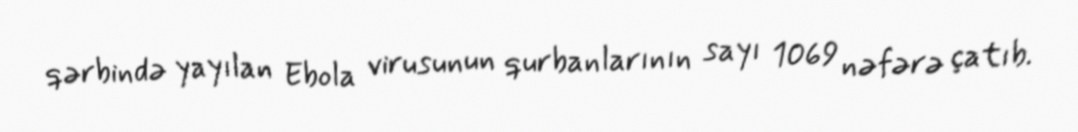
qərbində yayılan Ebola virusunun qurbanlarının sayı 1069 nəfərə çatıb.